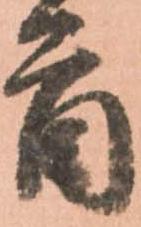
首